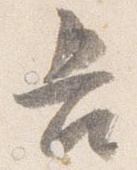
吾